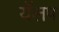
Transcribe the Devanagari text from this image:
यॅलप